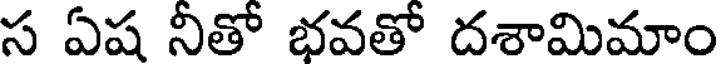
స ఏష నీతో భవతో దశామిమాం